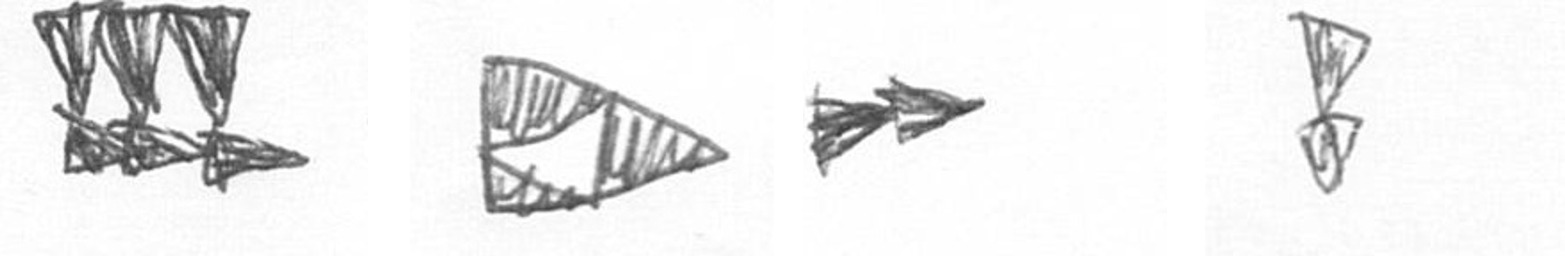
D K A Z